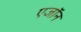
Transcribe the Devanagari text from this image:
एजॉन